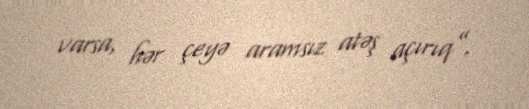
varsa, hər çeyə aramsız atəş açırıq”.